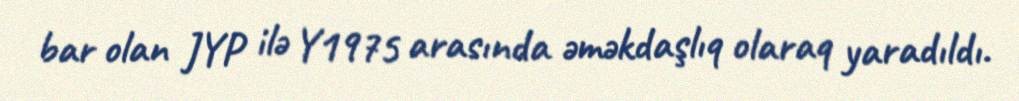
bar olan JYP ilə Y1975 arasında əməkdaşlıq olaraq yaradıldı.